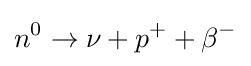
n^{0}\rightarrow \nu +p^{+}+\beta ^{-}